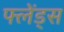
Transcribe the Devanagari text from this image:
फ्लेंड्स